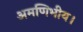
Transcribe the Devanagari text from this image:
अमणिभीय।